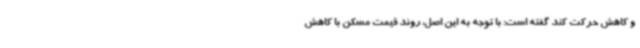
و کاهش حرکت کند گفته است: با توجه به این اصل، روند قیمت مسکن با کاهش